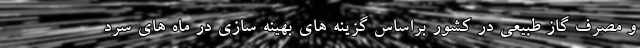
و مصرف گاز طبیعی در کشور براساس گزینه های بهینه سازی در ماه های سرد